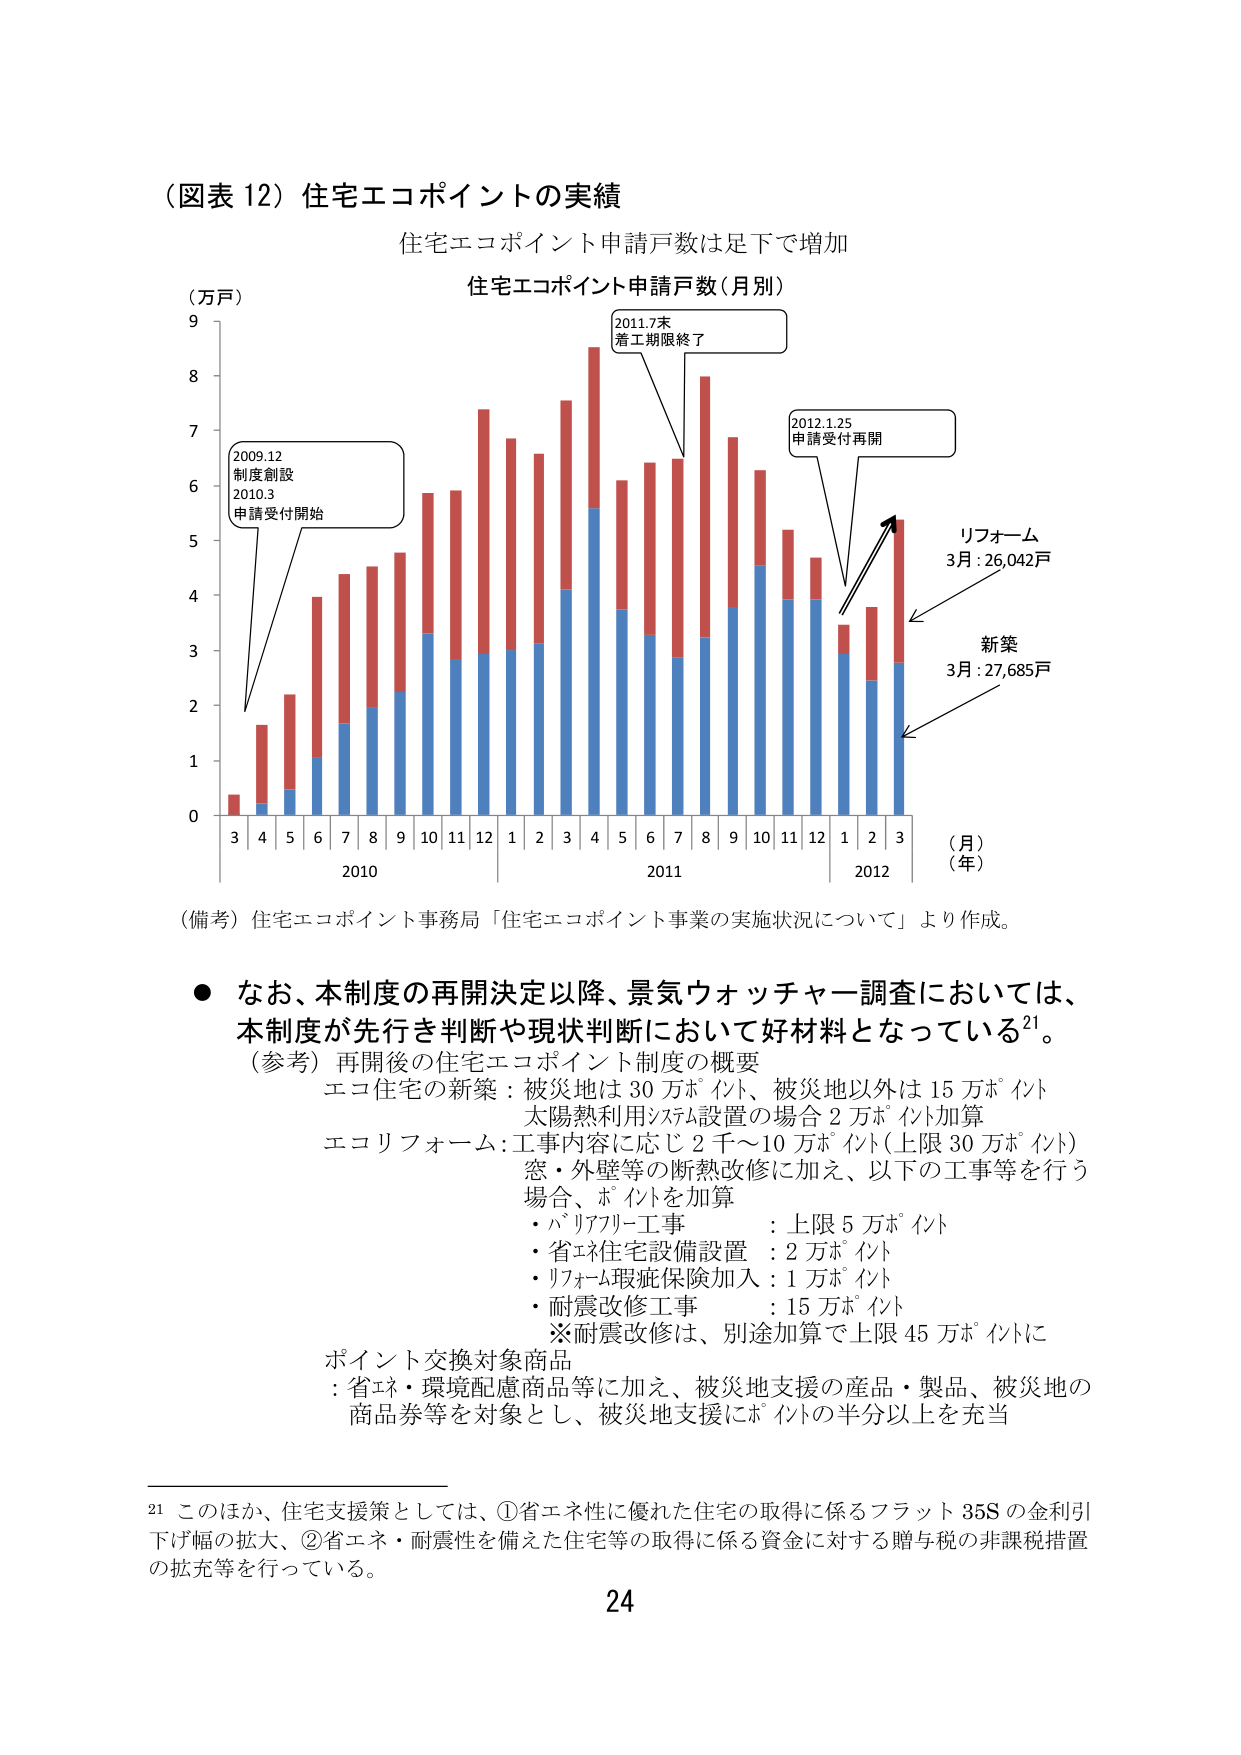
（図表 12）住宅エコポイントの実績
住宅エコポイント申請戸数は足下で増加

住宅エコポイント申請戸数（月別）
（万戸）
9
8
7
6
5
4
3
2
1
0

2009.12
制度創設
2010.3
申請受付開始

2011.7末
着工期限終了

2012.1.25
申請受付再開

リフォーム
3月：26,042戸

新築
3月：27,685戸

3 4 5 6 7 8 9 10 11 12 1 2 3 4 5 6 7 8 9 10 11 12 1 2 3
2010 2011 2012
（月）
（年）

（備考）住宅エコポイント事務局「住宅エコポイント事業の実施状況について」より作成。

● なお、本制度の再開決定以降、景気ウォッチャー調査においては、
本制度が先行き判断や現状判断において好材料となっている²¹。

（参考）再開後の住宅エコポイント制度の概要
エコ住宅の新築：被災地は 30 万ポイント、被災地以外は 15 万ポイント
太陽熱利用システム設置の場合 2 万ポイント加算
エコリフォーム：工事内容に応じ 2 千～10 万ポイント（上限 30 万ポイント）
窓・外壁等の断熱改修に加え、以下の工事等を行う
場合、ポイントを加算
・バリアフリー工事 ：上限 5 万ポイント
・省エネ住宅設備設置 ：2 万ポイント
・リフォーム瑕疵保険加入 ：1 万ポイント
・耐震改修工事 ：15 万ポイント
※耐震改修は、別途加算で上限 45 万ポイントに

ポイント交換対象商品
：省エネ・環境配慮商品等に加え、被災地支援の製品・製品、被災地の
商品券等を対象とし、被災地支援にポイントの半分以上を充当

²¹ このほか、住宅支援策としては、①省エネ性に優れた住宅の取得に係るフラット 35S の金利引
下げ幅の拡大、②省エネ・耐震性を備えた住宅等の取得に係る資金に対する贈与税の非課税措置
の拡充等を行っている。

24